Plague in India, 1896, 1897 - Volume 1
Year: 1896
Disease focus: Plague
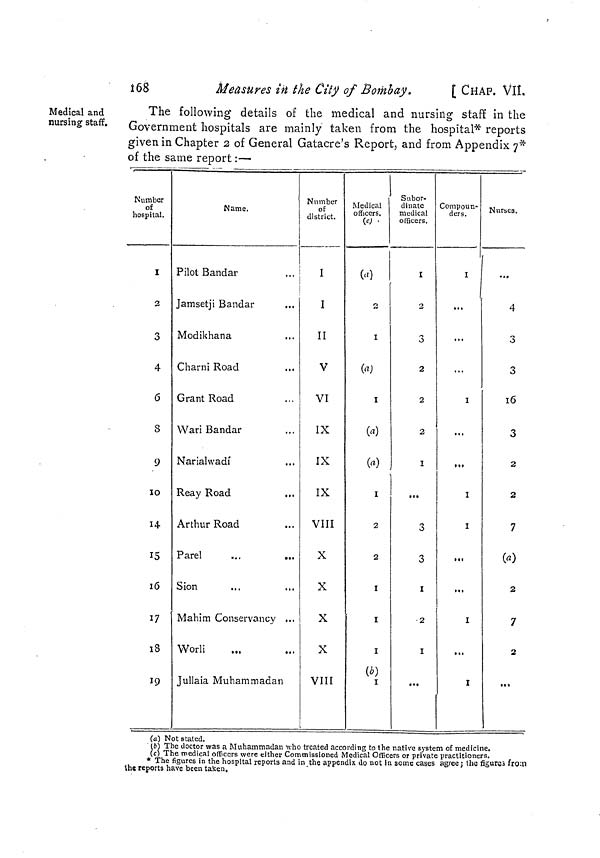
168
Measures in the City of of Bombay.
[ CHAP. VII.
Medical and
nursing staff.
The following details of the medical and nursing staff in the
Government hospitals are mainly taken from the hospital* reports
given in Chapter 2 of General Gatacre's Report, and from Appendix 7*
of the same report :—
Number
of OX
hospital.
I
2
3
4
6
8
9
10
14
15
16
17
18
19
Name.
Pilot Bandar
Jamsetji Bandar
Modikhana
Charm Road
Grant Road
Wari Bandar
Narialwadi
Reay Road
Arthur Road
Parel
Sion
Mahim Conservancy ...
Worli
Jullaia Muhammadan
Number
of
district.
I
I
II
V
VI
IX
IX
IX
VIII
X
X
X
X
VIII
Medical
officers.
(c)
(a)
2
I
(a)
I
(a)
(a)
I
2
2
I
I
I
(b)
I
Subor-
dinate
medical
officers.
I
2
3
2
2
2
I
...
3
3
1
2
I
Compoun-
ders.
I
...
...
...
I
...
...
I
I
...
...
I
...
I
Nurses.
...
4
3
3
16
3
2
2
7
00
2
7
2
(a) Not stated.
(6) The doctor was a Muhammadan who treated according to the native system of medicine.
(c) The medical officers were either Commissioned Medical Officers or private practitioners.
* The figures in the hospital reports and in the appendix do not in some cases agree ; the figures from
the reports have been taken.